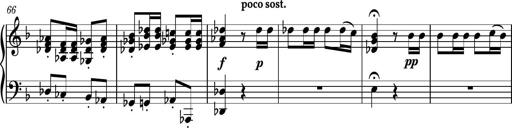
Title: Piano Sonatina No.8
Composer: Dimitri Sykias
Key: F major